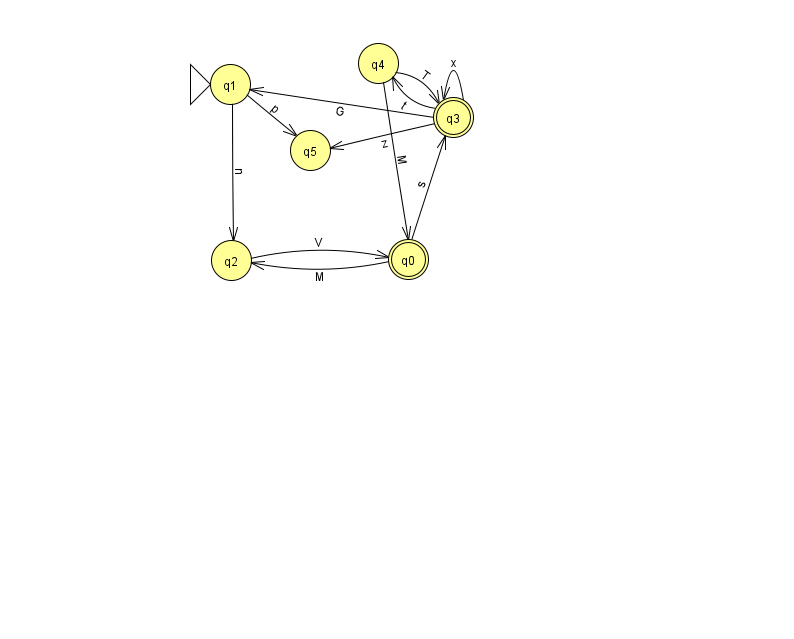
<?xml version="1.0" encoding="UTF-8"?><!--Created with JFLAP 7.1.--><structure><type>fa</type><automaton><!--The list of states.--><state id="0" name="q0"><x>408.0</x><y>246.0</y><final/></state><state id="1" name="q1"><x>230.0</x><y>71.0</y><initial/></state><state id="2" name="q2"><x>231.0</x><y>247.0</y></state><state id="3" name="q3"><x>453.0</x><y>104.0</y><final/></state><state id="4" name="q4"><x>378.0</x><y>50.0</y></state><state id="5" name="q5"><x>310.0</x><y>137.0</y></state><!--The list of transitions.--><transition><from>1</from><to>2</to><read>n</read></transition><transition><from>3</from><to>1</to><read>G</read></transition><transition><from>0</from><to>3</to><read>s</read></transition><transition><from>3</from><to>4</to><read>t</read></transition><transition><from>4</from><to>3</to><read>T</read></transition><transition><from>1</from><to>5</to><read>p</read></transition><transition><from>0</from><to>2</to><read>M</read></transition><transition><from>3</from><to>3</to><read>x</read></transition><transition><from>4</from><to>0</to><read>M</read></transition><transition><from>3</from><to>5</to><read>z</read></transition><transition><from>2</from><to>0</to><read>V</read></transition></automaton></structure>